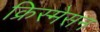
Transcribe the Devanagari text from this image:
क्रिस्मेसन